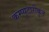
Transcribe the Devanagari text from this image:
कम्प्यूटारीकृत